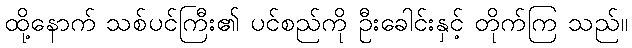
ထို့နောက် သစ်ပင်ကြီး၏ ပင်စည်ကို ဦးခေါင်းနှင့် တိုက်ကြ သည်။